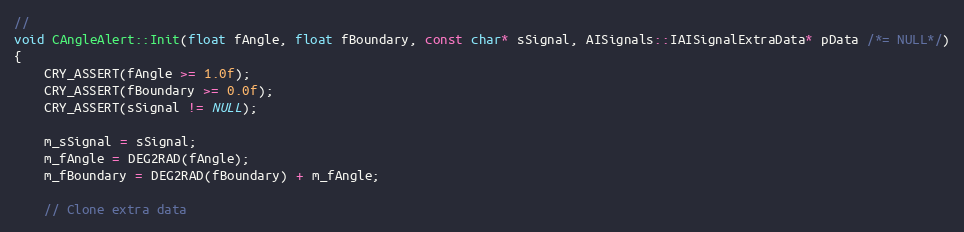
Language: C++
//
void CAngleAlert::Init(float fAngle, float fBoundary, const char* sSignal, AISignals::IAISignalExtraData* pData /*= NULL*/)
{
	CRY_ASSERT(fAngle >= 1.0f);
	CRY_ASSERT(fBoundary >= 0.0f);
	CRY_ASSERT(sSignal != NULL);

	m_sSignal = sSignal;
	m_fAngle = DEG2RAD(fAngle);
	m_fBoundary = DEG2RAD(fBoundary) + m_fAngle;

	// Clone extra data